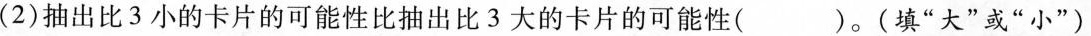
(2)抽出比3小的卡片的可能性比抽出比3大的卡片的可能性( )。(填“大”或”小”)